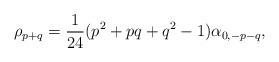
LaTeX: \begin{align*}\rho_{p+q} = \dfrac{1}{24}( p^2+pq+q^2-1)\alpha_{0,-p-q},\end{align*}